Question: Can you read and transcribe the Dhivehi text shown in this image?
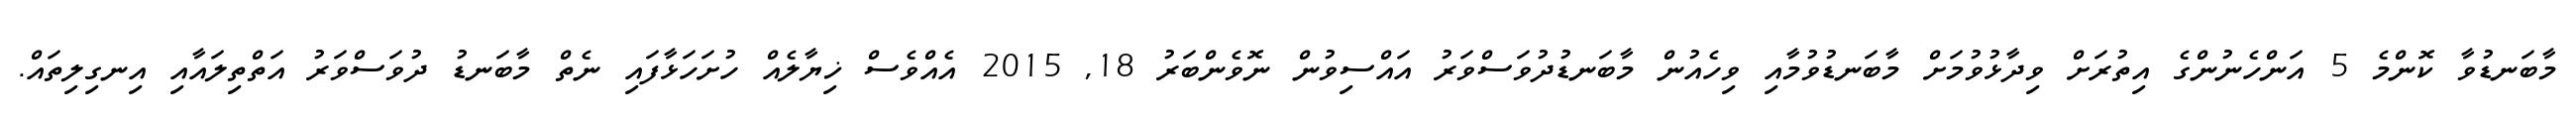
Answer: މާބަނޑުވާ ކޮންމެ 5 އަންހެނުންގެ އިތުރަށް ވިދާޅުވުމަށް މާބަނޑުވުމާއި ވިހެއުން މާބަނޑުދުވަސްވަރު އައްސިވުން ނޮވެންބަރު 18, 2015 އެއްވެސް ޚިޔާލެއް ހުށަހަޅާފައި ނެތް މާބަނޑު ދުވަސްވަރު އަތްތިލައާއި އިނގިލިތައް.